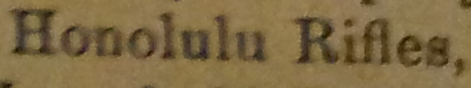
Honolulu Rifles.